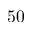
5 0